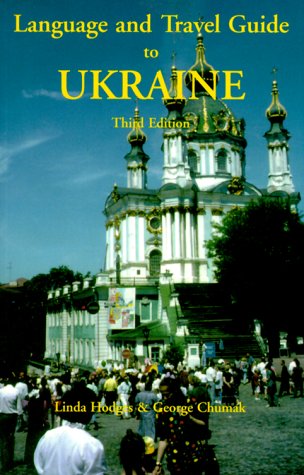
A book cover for Language and Travel Guide to Ukraine (Language and Travel Guides); Linda Hodges; Travel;